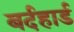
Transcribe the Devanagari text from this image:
बर्दहार्ड